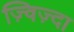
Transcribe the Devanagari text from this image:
ज़्विज़्दा